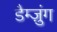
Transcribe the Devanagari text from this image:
डैम्ज़ुंग